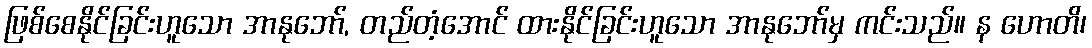
ဖြစ်စေနိုင်ခြင်းဟူသော အာနုဘော်, တည်တံ့အောင် ထားနိုင်ခြင်းဟူသော အာနုဘော်မှ ကင်းသည်။ န ဟောတိ၊